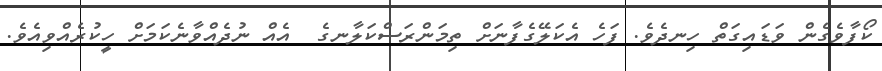
ކޯފާވެގެން ވަޑައިގަތް ހިނދެވެ. ފަހެ އެކަލޭގެފާނަށް ތިމަންރަސްކަލާނގެ  އެއް ނުދެއްވާނެކަމަށް ހީކުރެއްވިއެވެ.